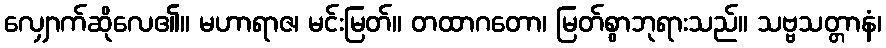
လျှောက်ဆိုလေ၏။ မဟာရာဇ၊ မင်းမြတ်။ တထာဂတော၊ မြတ်စွာဘုရားသည်။ သဗ္ဗသတ္တာနံ၊